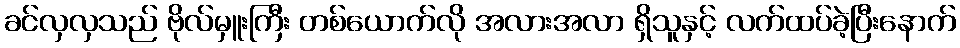
ခင်လှလှသည် ဗိုလ်မှူးကြီး တစ်ယောက်လို အလားအလာ ရှိသူနှင့် လက်ထပ်ခဲ့ပြီးနောက်